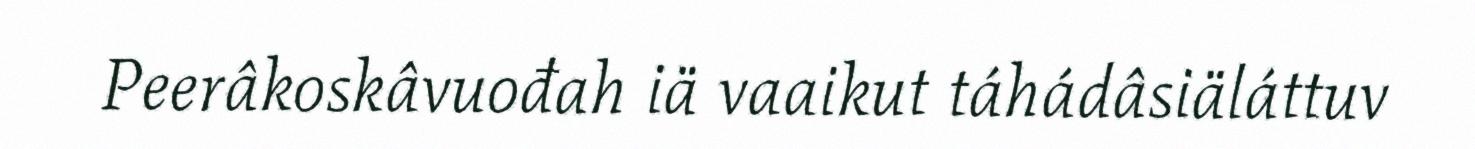
Peerâkoskâvuođah iä vaaikut táhádâsiäláttuv